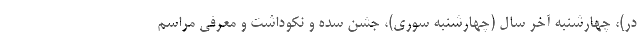
در)، چهارشنبه آخر سال (چهارشنبه سوری)، جشن سده و نکوداشت و معرفی مراسم